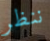
ننظر